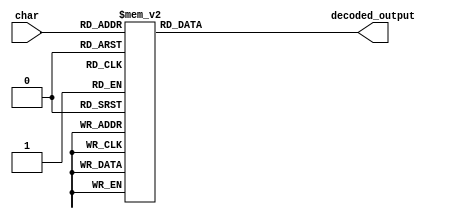
`timescale 1ns / 1ps
//////////////////////////////////////////////////////////////////////////////////
// Company:
//
// Design Name: Vending Machine
// Module Name: seven_segment_decoder
// Project Name: EGR 680 - Lab 3
// Target Devices: xc7z020clg400-1
// Tool Versions:
// Description:
//
// Dependencies:
//
// Revision:
// Revision 0.01 - File Created
// Additional Comments:
//
//////////////////////////////////////////////////////////////////////////////////


module seven_segment_decoder(char, decoded_output);

   // Declare inputs and outputs
   input [3:0] char;
   output [6:0] decoded_output;

   // Declare module registers
   reg [6:0]	decoded_output;

   always @(char)
     begin
	// Handle decoder behavior
	case(char)
	  // Numbers
	  0: decoded_output <= 7'b1111110; // 0
	  1: decoded_output <= 7'b0110000; // 1, l
	  2: decoded_output <= 7'b1101101; // 2, Z
	  3: decoded_output <= 7'b1111001; // 3
	  4: decoded_output <= 7'b0110011; // 4
	  5: decoded_output <= 7'b1011011; // 5, S
	  6: decoded_output <= 7'b1011111; // 6
	  7: decoded_output <= 7'b1110000; // 7, T
	  8: decoded_output <= 7'b1111111; // 8, B
	  9: decoded_output <= 7'b1110011; // 9

	  // Letters
	  10: decoded_output <= 7'b1110111; // A, R
	  11: decoded_output <= 7'b1001111; // E
	  12: decoded_output <= 7'b1111011; // g
	  13: decoded_output <= 7'b0111011; // Y

	  // Default behavior
	  default: decoded_output <= 7'b0000000; // No output
	endcase // case (char)
     end // always @ (char)
endmodule